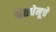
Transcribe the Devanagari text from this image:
श्वेतधेनूचे